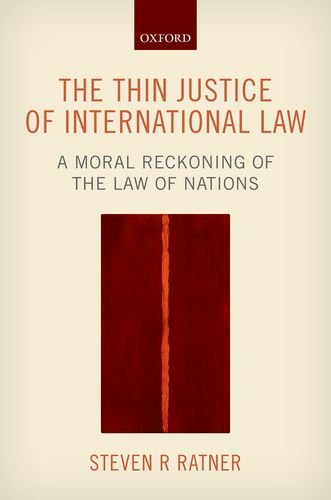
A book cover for The Thin Justice of International Law: A Moral Reckoning of the Law of Nations; Steven R. Ratner; Law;